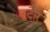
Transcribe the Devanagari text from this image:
तुदौर